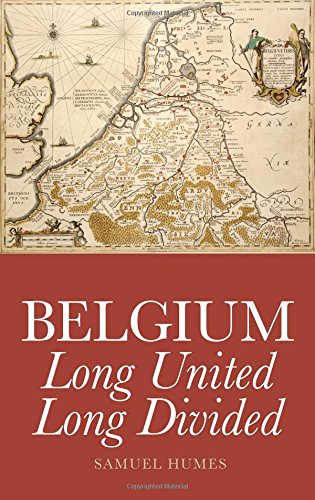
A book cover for Belgium: Long United, Long Divided; Samuel Humes; History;